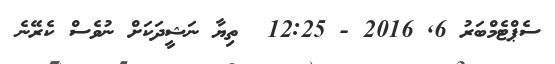
ސެޕްޓެމްބަރު 6